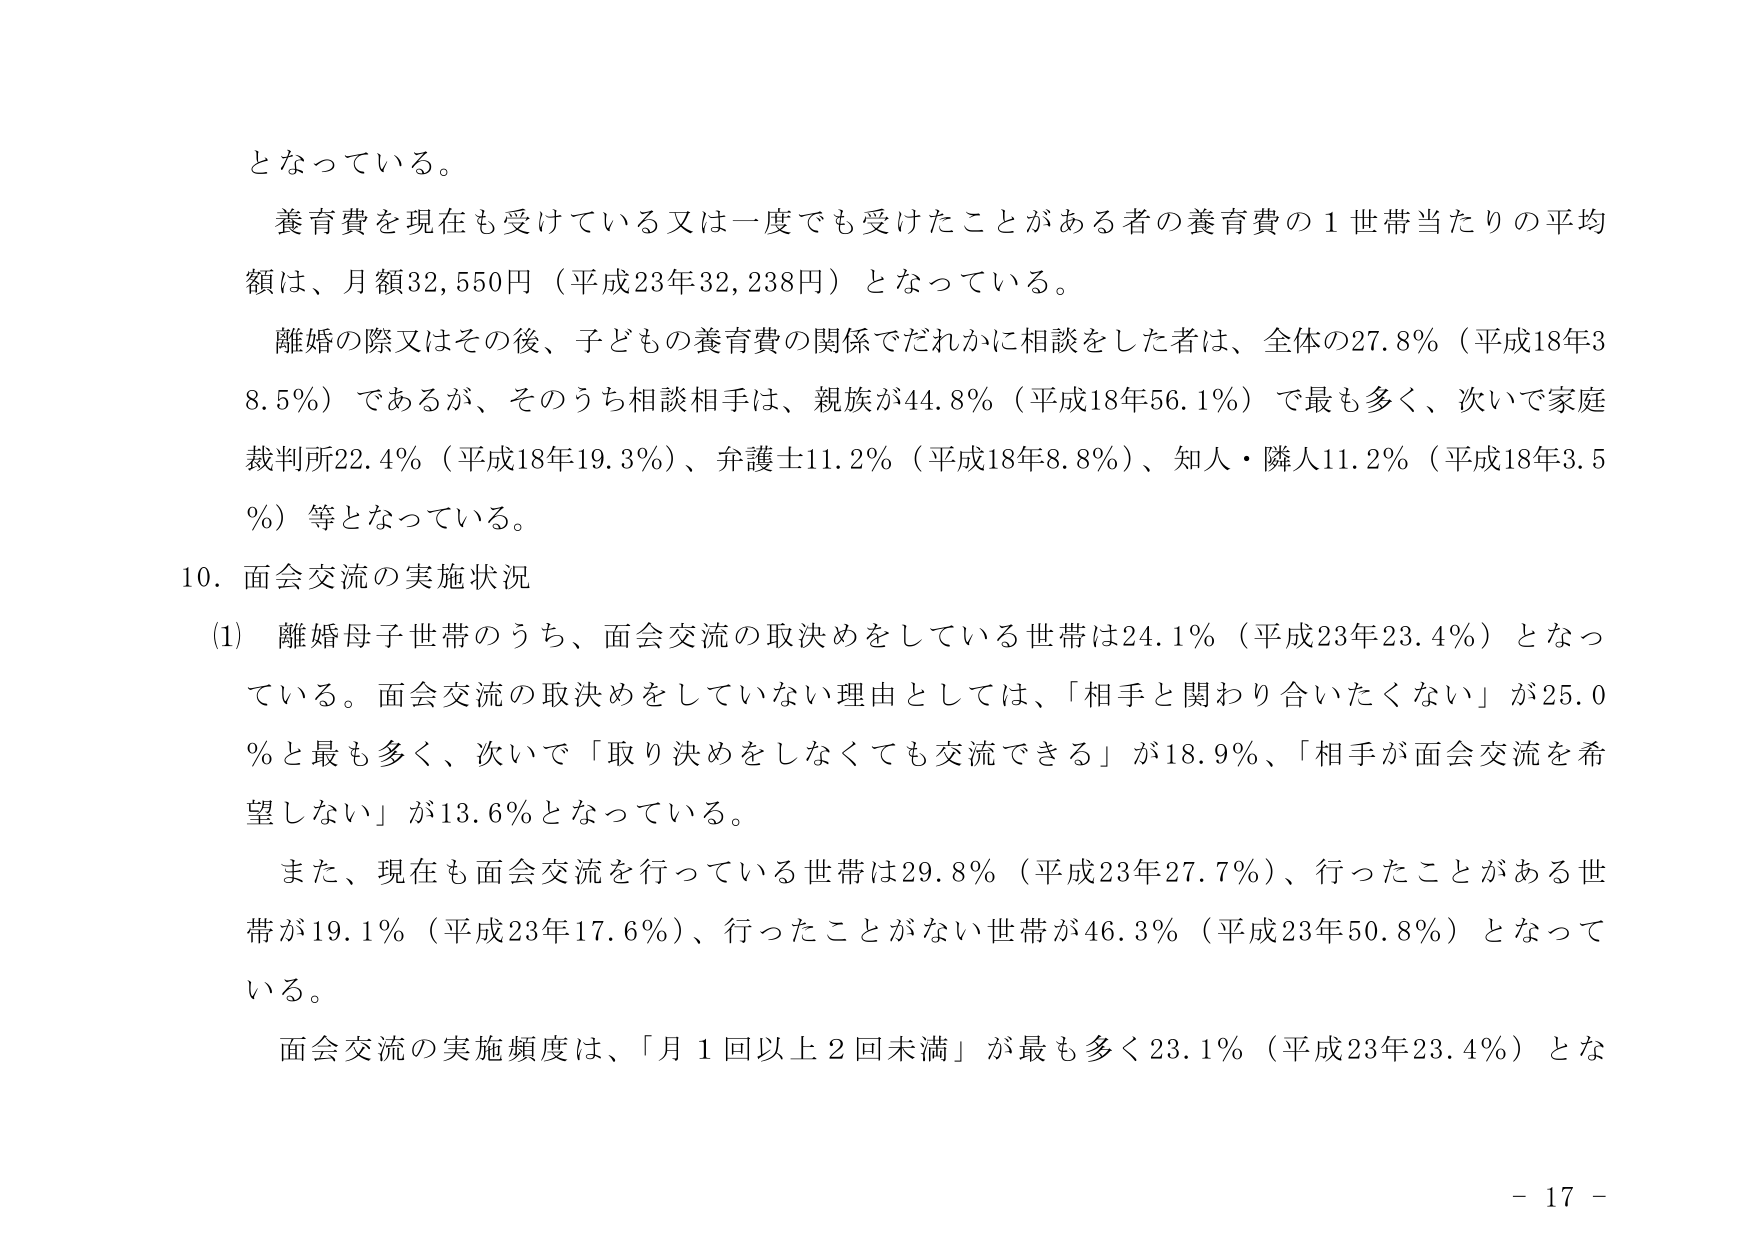
となっている。

養育費を現在も受けている又は一度でも受けたことがある者の養育費の１世帯当たりの平均額は、月額32,550円（平成23年32,238円）となっている。

離婚の際又はその後、子どもの養育費の関係でだれかに相談をした者は、全体の27.8％（平成18年38.5％）であるが、そのうち相談相手は、親族が44.8％（平成18年56.1％）で最も多く、次いで家庭裁判所22.4％（平成18年19.3％）、弁護士11.2％（平成18年8.8％）、知人・隣人11.2％（平成18年3.5％）等となっている。

10．面会交流の実施状況

(1) 離婚母子世帯のうち、面会交流の取決めをしている世帯は24.1％（平成23年23.4％）となっている。面会交流の取決めをしていない理由としては、「相手と関わり合いたくない」が25.0％と最も多く、次いで「取り決めをしなくても交流できる」が18.9％、「相手が面会交流を希望しない」が13.6％となっている。

また、現在も面会交流を行っている世帯は29.8％（平成23年27.7％）、行ったことがある世帯が19.1％（平成23年17.6％）、行ったことがない世帯が46.3％（平成23年50.8％）となっている。

面会交流の実施頻度は、「月１回以上２回未満」が最も多く23.1％（平成23年23.4％）とな

－ 17 －